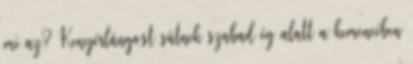
mi az? Kenyérlángost sütnek szabad ég alatt a kemencében